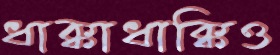
ধাক্কাধাক্কিও